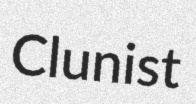
Clunist